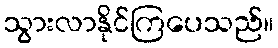
သွားလာနိုင်ကြပေသည်။